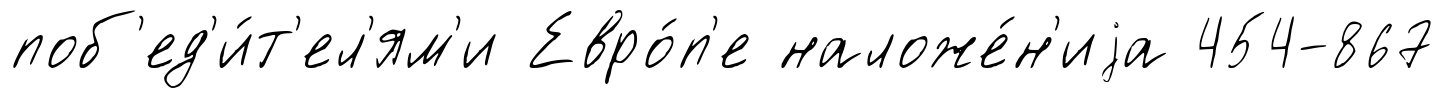
поб'ед'и́т'ел'ям'и Евро́п'е наложе́н'иjа 454-867